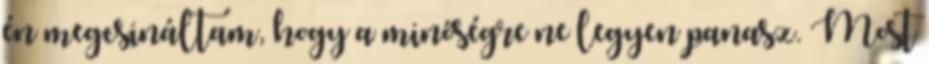
én megcsináltam, hogy a minőségre ne legyen panasz. Most